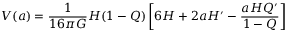
V ( a ) = \frac { 1 } { 1 6 \pi G } H ( 1 - Q ) \left[ 6 H + 2 a H ^ { \prime } - \frac { a H Q ^ { \prime } } { 1 - Q } \right]